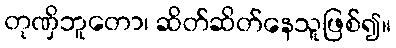
တုဏှိဘူတော၊ ဆိတ်ဆိတ်နေသူဖြစ်၍။